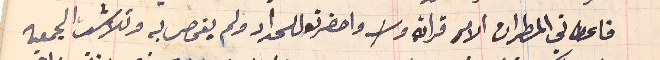
فاعطاني المطران الامر قراتة واحضرته للحداد ولم يفحص به وتلاشت الجمعيه